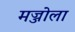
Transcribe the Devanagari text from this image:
मज्जोला